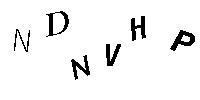
NDNVHP